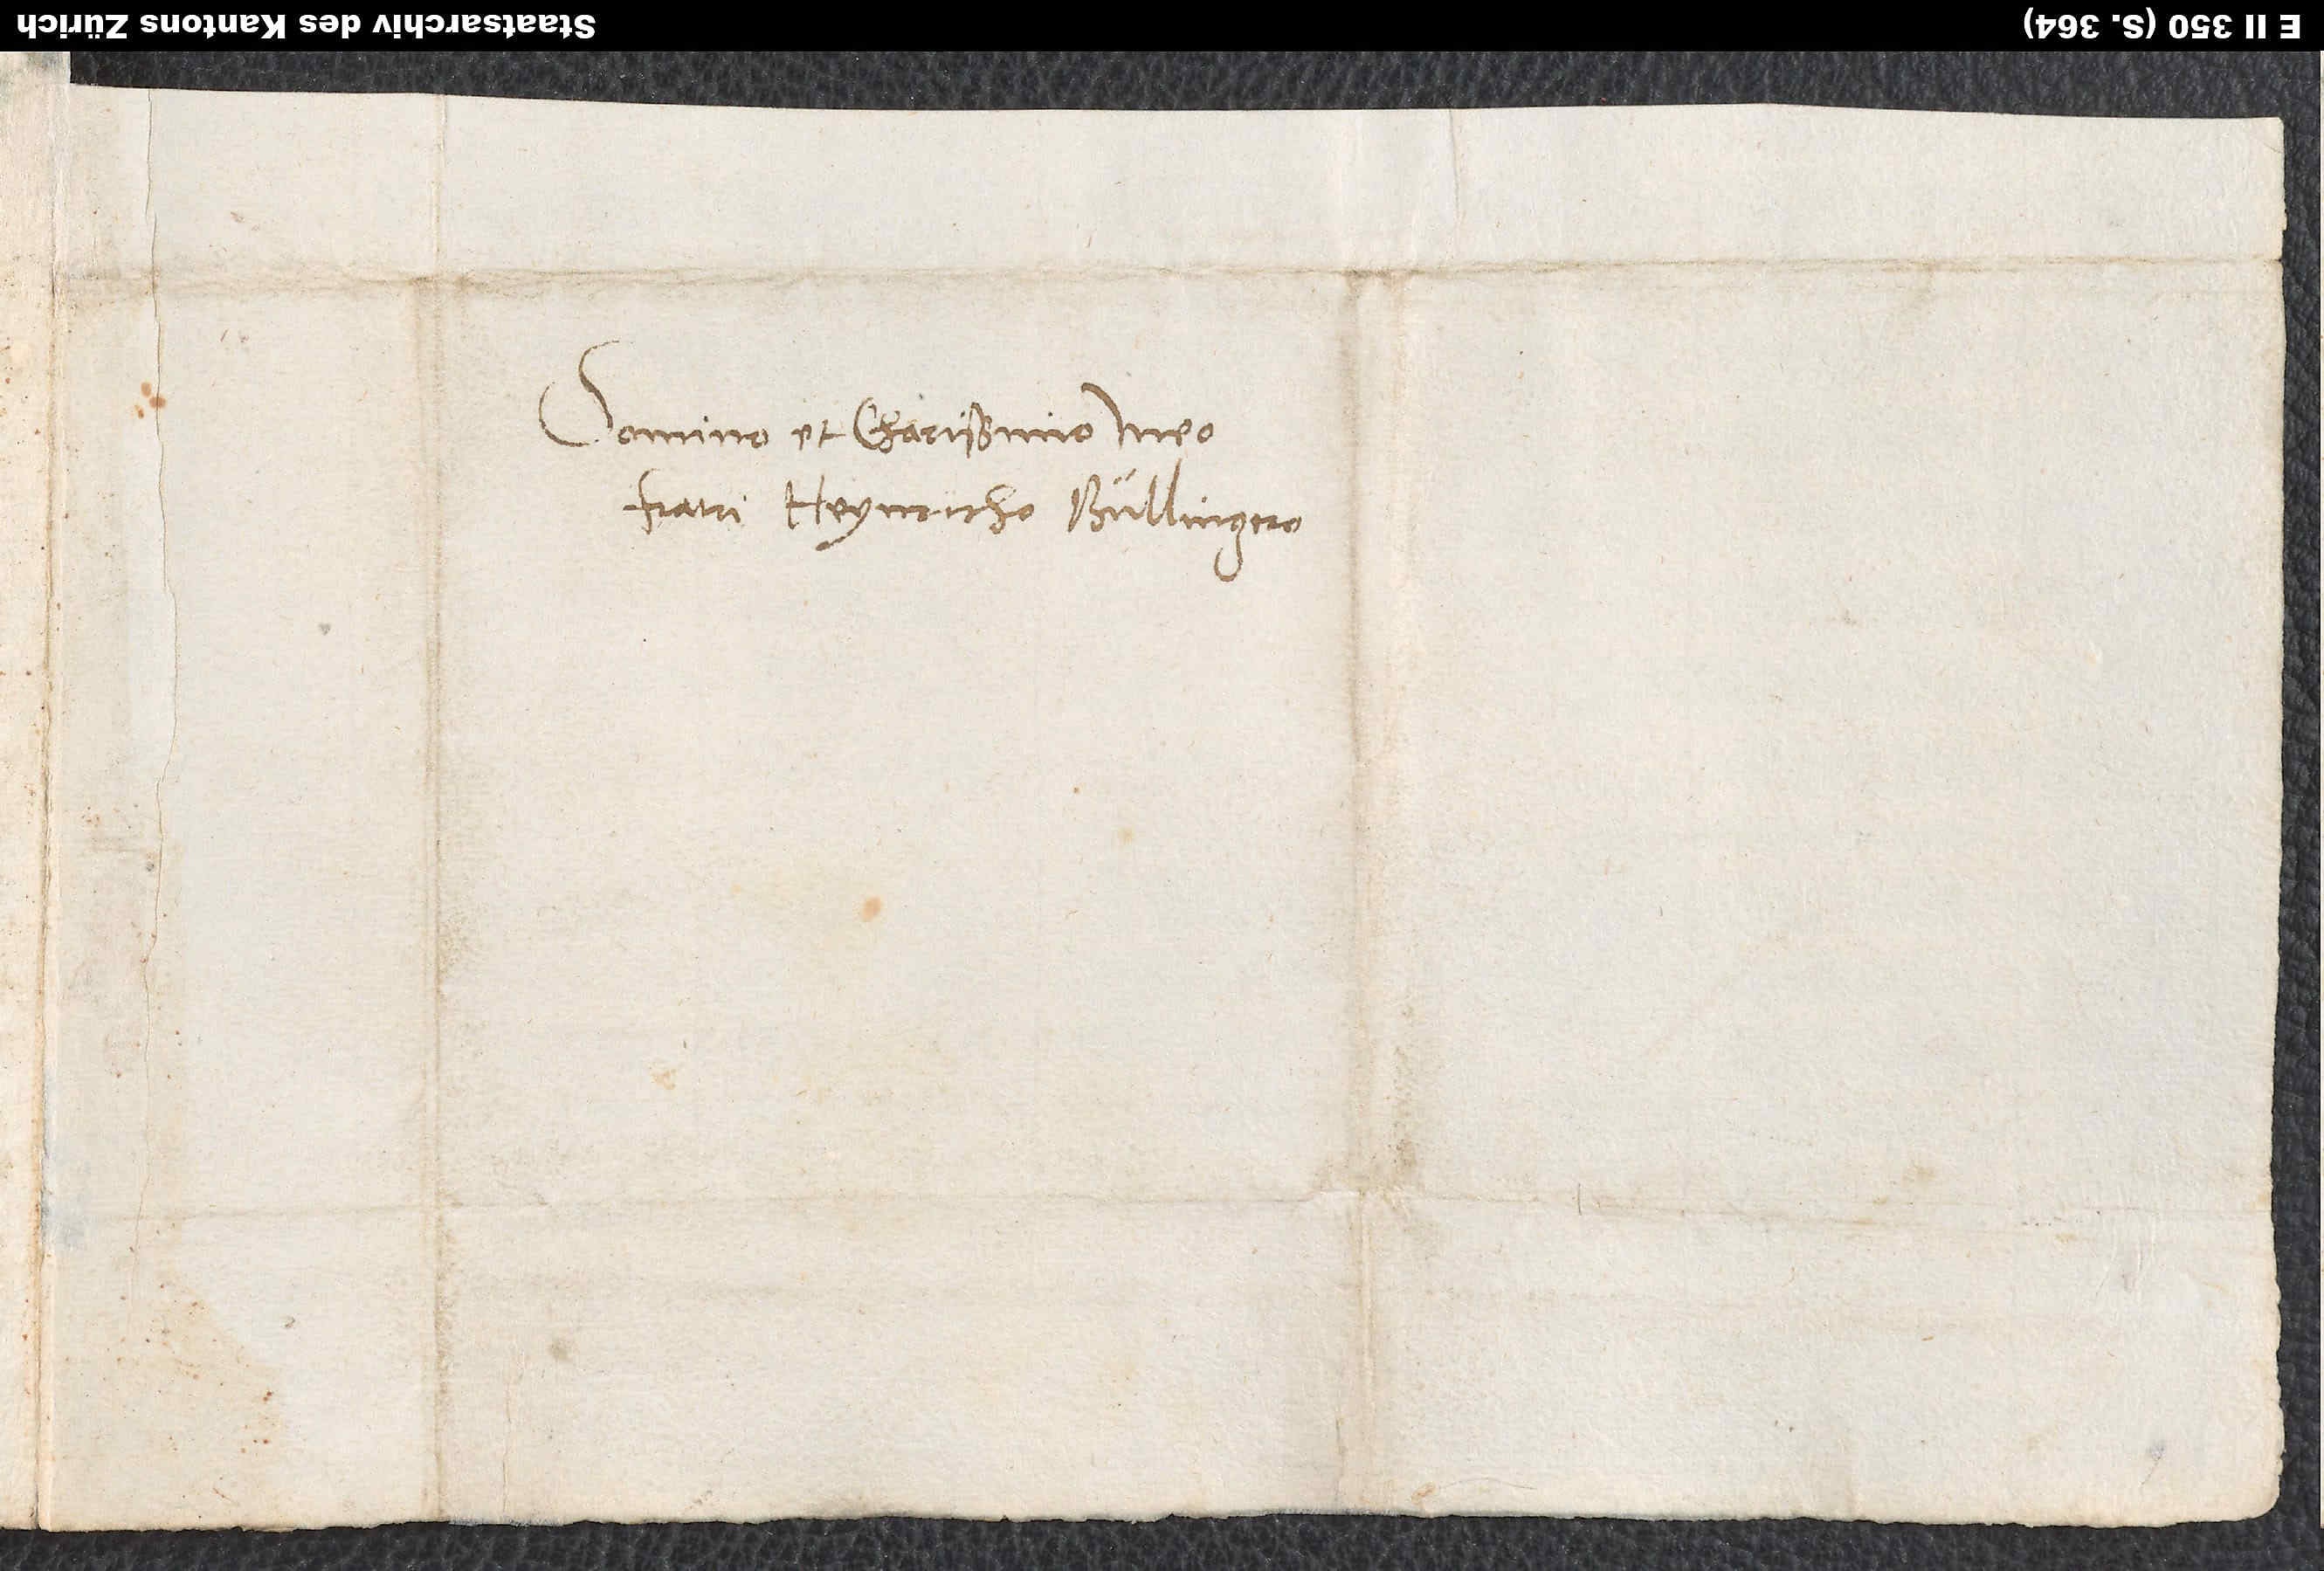
Domino et charissimo meo
fratri Heynricho Bullingero.